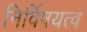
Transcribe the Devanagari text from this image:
निर्विषयत्व